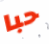
حبا